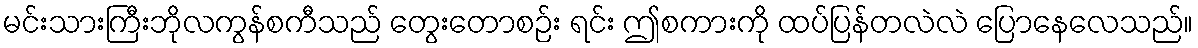
မင်းသားကြီးဘိုလကွန်စကီသည် တွေးတောစဉ်း ရင်း ဤစကားကို ထပ်ပြန်တလဲလဲ ပြောနေလေသည်။